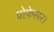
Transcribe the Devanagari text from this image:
प्रोफ़ेसर।